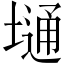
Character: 𫮢